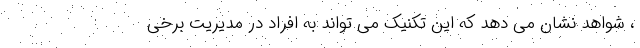
، شواهد نشان می دهد که این تکنیک می تواند به افراد در مدیریت برخی